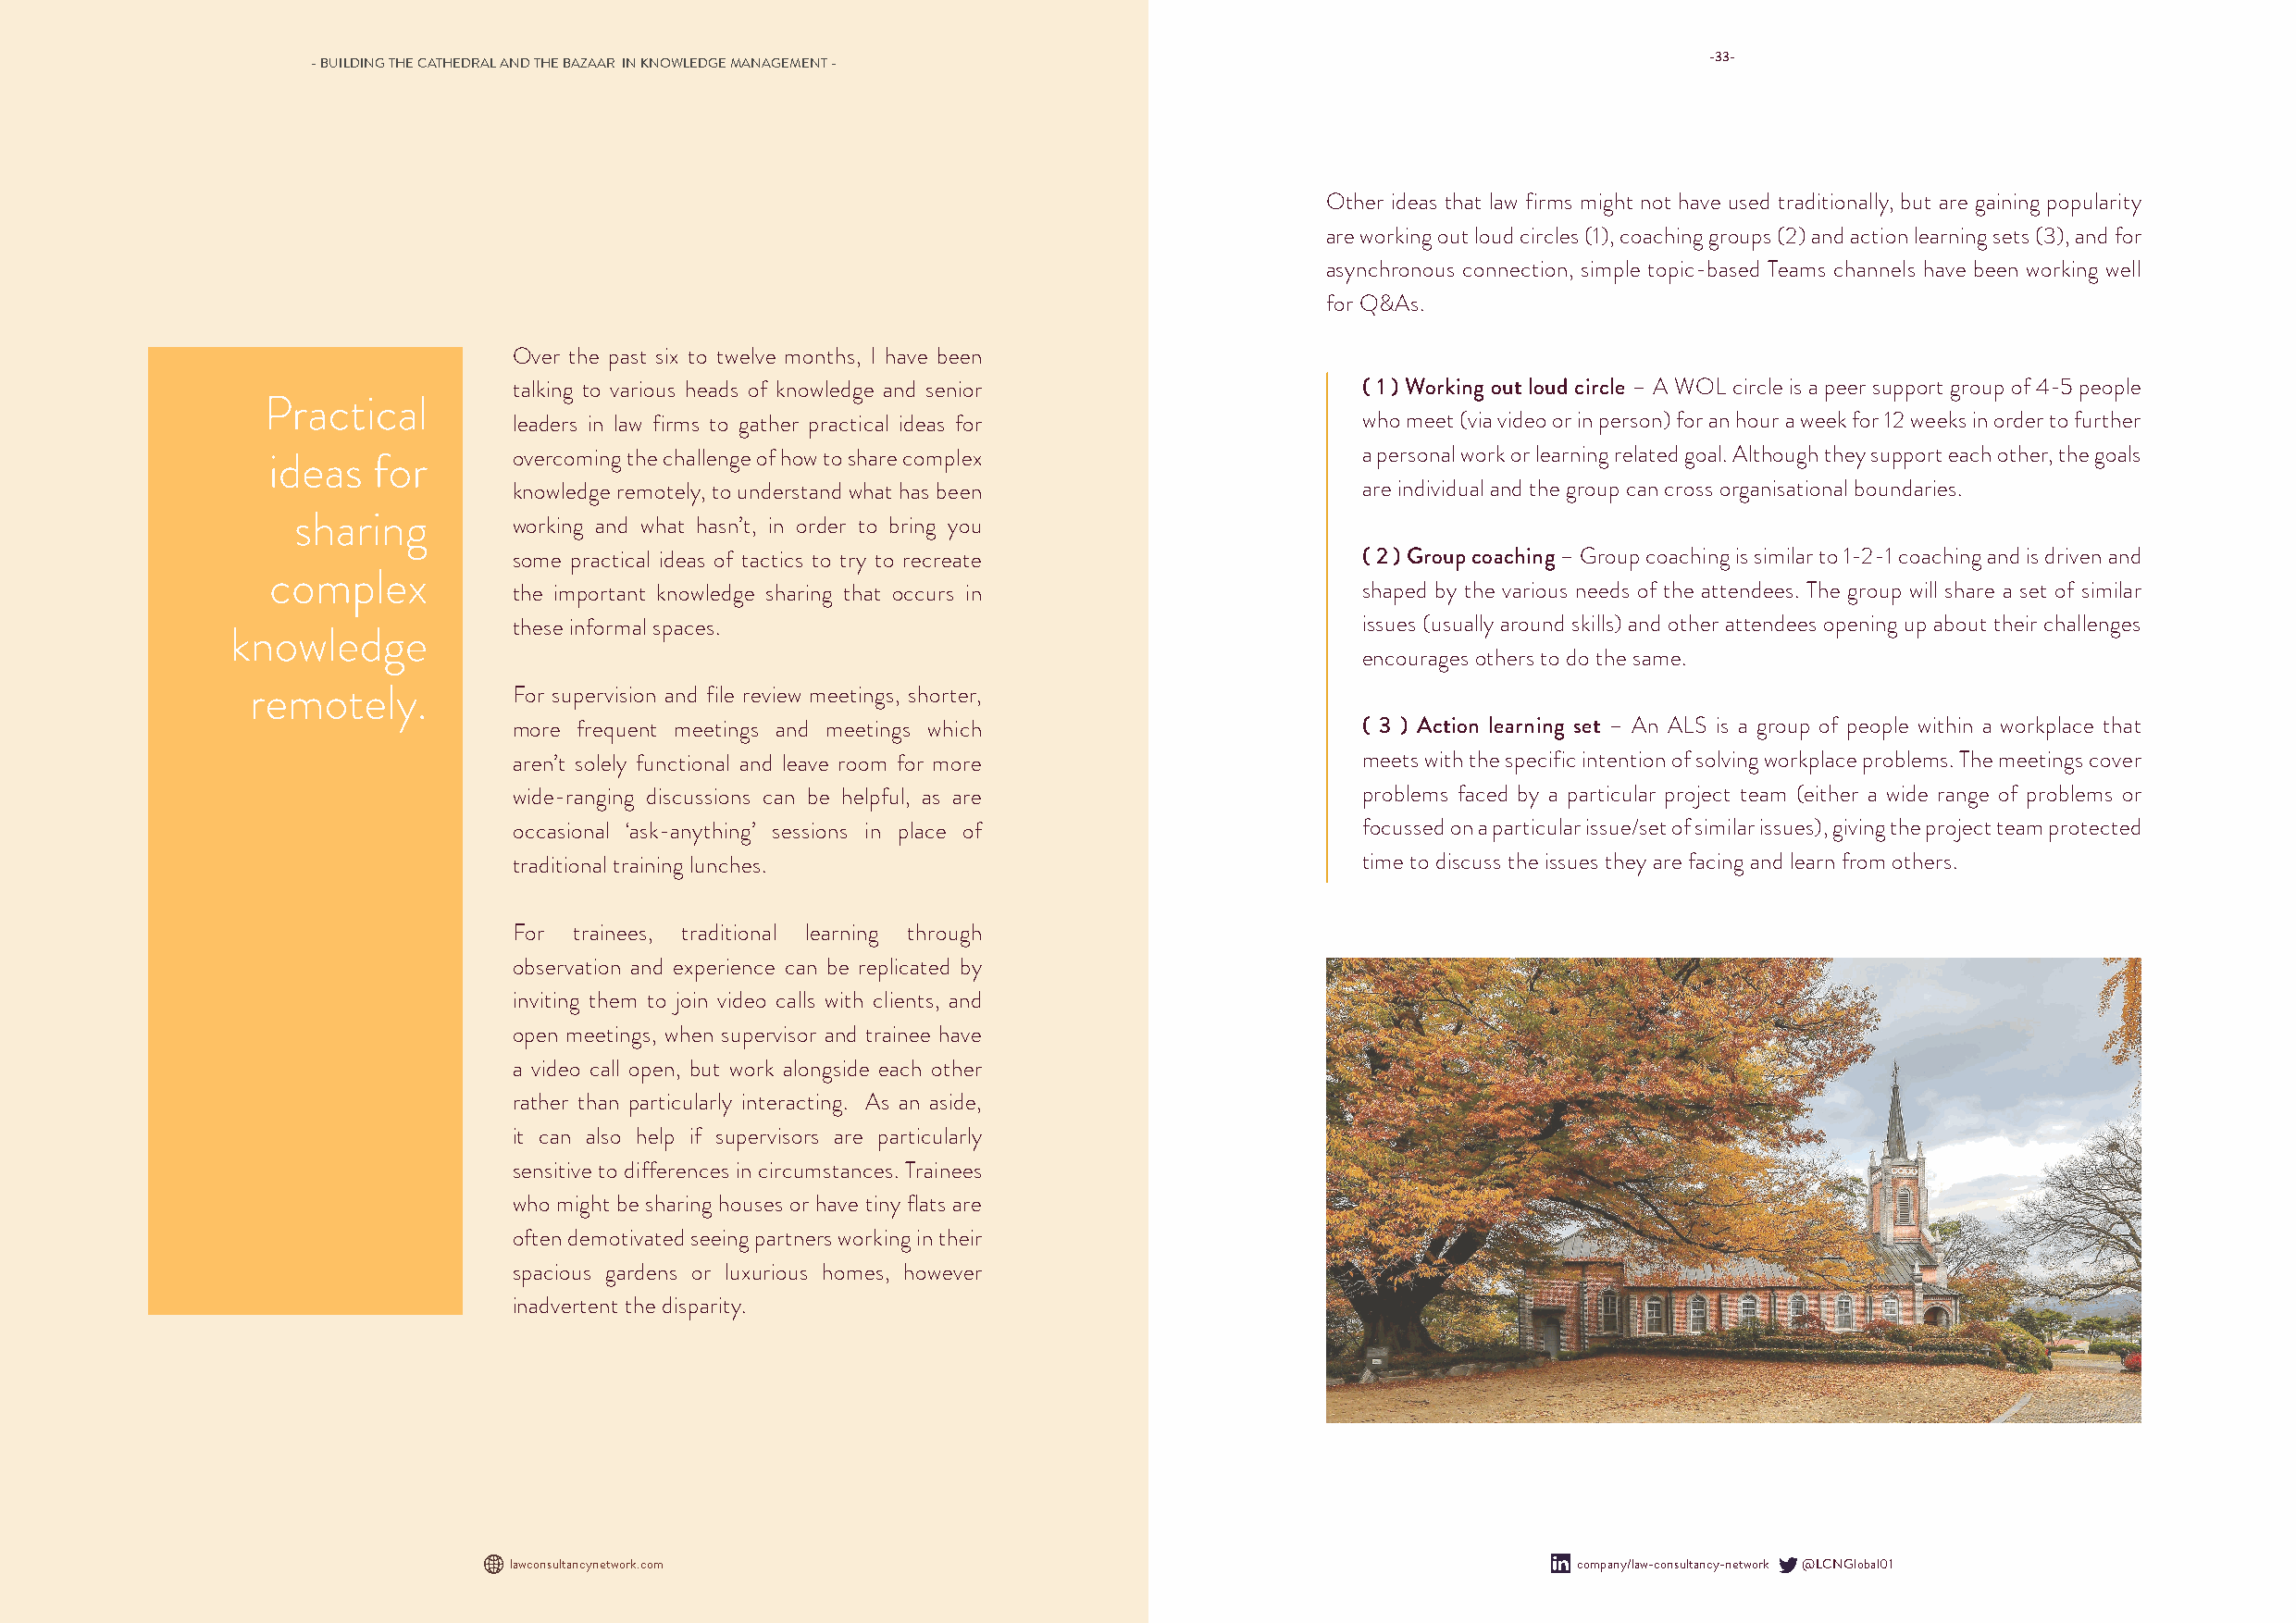
-33-
 - BUILDING THE CATHEDRAL AND THE BAZAAR IN KNOWLEDGE MANAGEMENT -
 Other ideas that law firms might not have used traditionally, but are gaining popularity
 are working out loud circles (1), coaching groups (2) and action learning sets (3), and for
 asynchronous connection, simple topic-based Teams channels have been working well
 for Q&As.
 Over the past six to twelve months, I have been
 talking to various heads of knowledge and senior            ( 1 ) Working out loud circle – A WOL circle is a peer support group of 4-5 people
 Practical
 leaders in law firms to gather practical ideas for          who meet (via video or in person) for an hour a week for 12 weeks in order to further
 overcoming the challenge of how to share complex            a personal work or learning related goal. Although they support each other, the goals
 ideas   for
 knowledge remotely, to understand what has been             are individual and the group can cross organisational boundaries.
 sharing         working and what hasn’t, in order to bring you
 some practical ideas of tactics to try to recreate          ( 2 ) Group coaching – Group coaching is similar to 1-2-1 coaching and is driven and
 complex
 the important knowledge sharing that occurs in              shaped by the various needs of the attendees. The group will share a set of similar
 these informal spaces.                                      issues (usually around skills) and other attendees opening up about their challenges
 knowledge
 encourages others to do the same.
 remotely.          For supervision and file review meetings, shorter,
 more frequent meetings and meetings which                   ( 3 ) Action learning set – An ALS is a group of people within a workplace that
 aren’t solely functional and leave room for more            meets with the specific intention of solving workplace problems. The meetings cover
 wide-ranging discussions can be helpful, as are             problems faced by a particular project team (either a wide range of problems or
 occasional ‘ask-anything’ sessions in place of              focussed on a particular issue/set of similar issues), giving the project team protected
 traditional training lunches.                               time to discuss the issues they are facing and learn from others.
 For trainees, traditional learning through
 observation and experience can be replicated by
 inviting them to join video calls with clients, and
 open meetings, when supervisor and trainee have
 a video call open, but work alongside each other
 rather than particularly interacting. As an aside,
 it can also help if supervisors are particularly
 sensitive to differences in circumstances. Trainees
 who might be sharing houses or have tiny flats are
 often demotivated seeing partners working in their
 spacious gardens or luxurious homes, however
 inadvertent the disparity.
 lawconsultancynetwork.com                                                    company/law-consultancy-network @LCNGlobal01